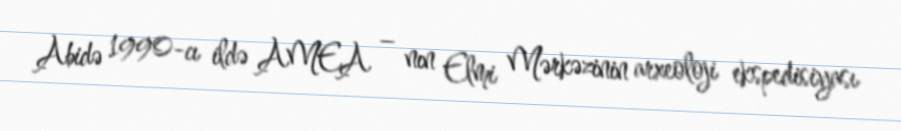
Abidə 1990-cı ildə AMEA – nın Elmi Mərkəzinin arxeoloji ekspedisiyası